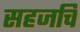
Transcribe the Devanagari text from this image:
सहजचि